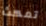
تمكث